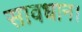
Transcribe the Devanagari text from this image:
सावधान।